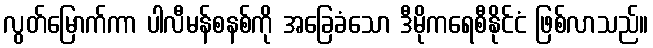
လွတ်မြောက်ကာ ပါလီမန်စနစ်ကို အခြေခံသော ဒီမိုကရေစီနိုင်ငံ ဖြစ်လာသည်။